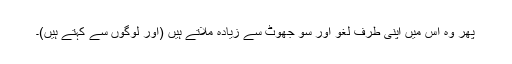
پھر وہ اس میں اپنی طرف لغو اور سو جھوٹ سے زیادہ ملاتے ہیں (اور لوگوں سے کہتے ہیں)۔